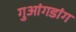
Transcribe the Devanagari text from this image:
गुआंगडांग